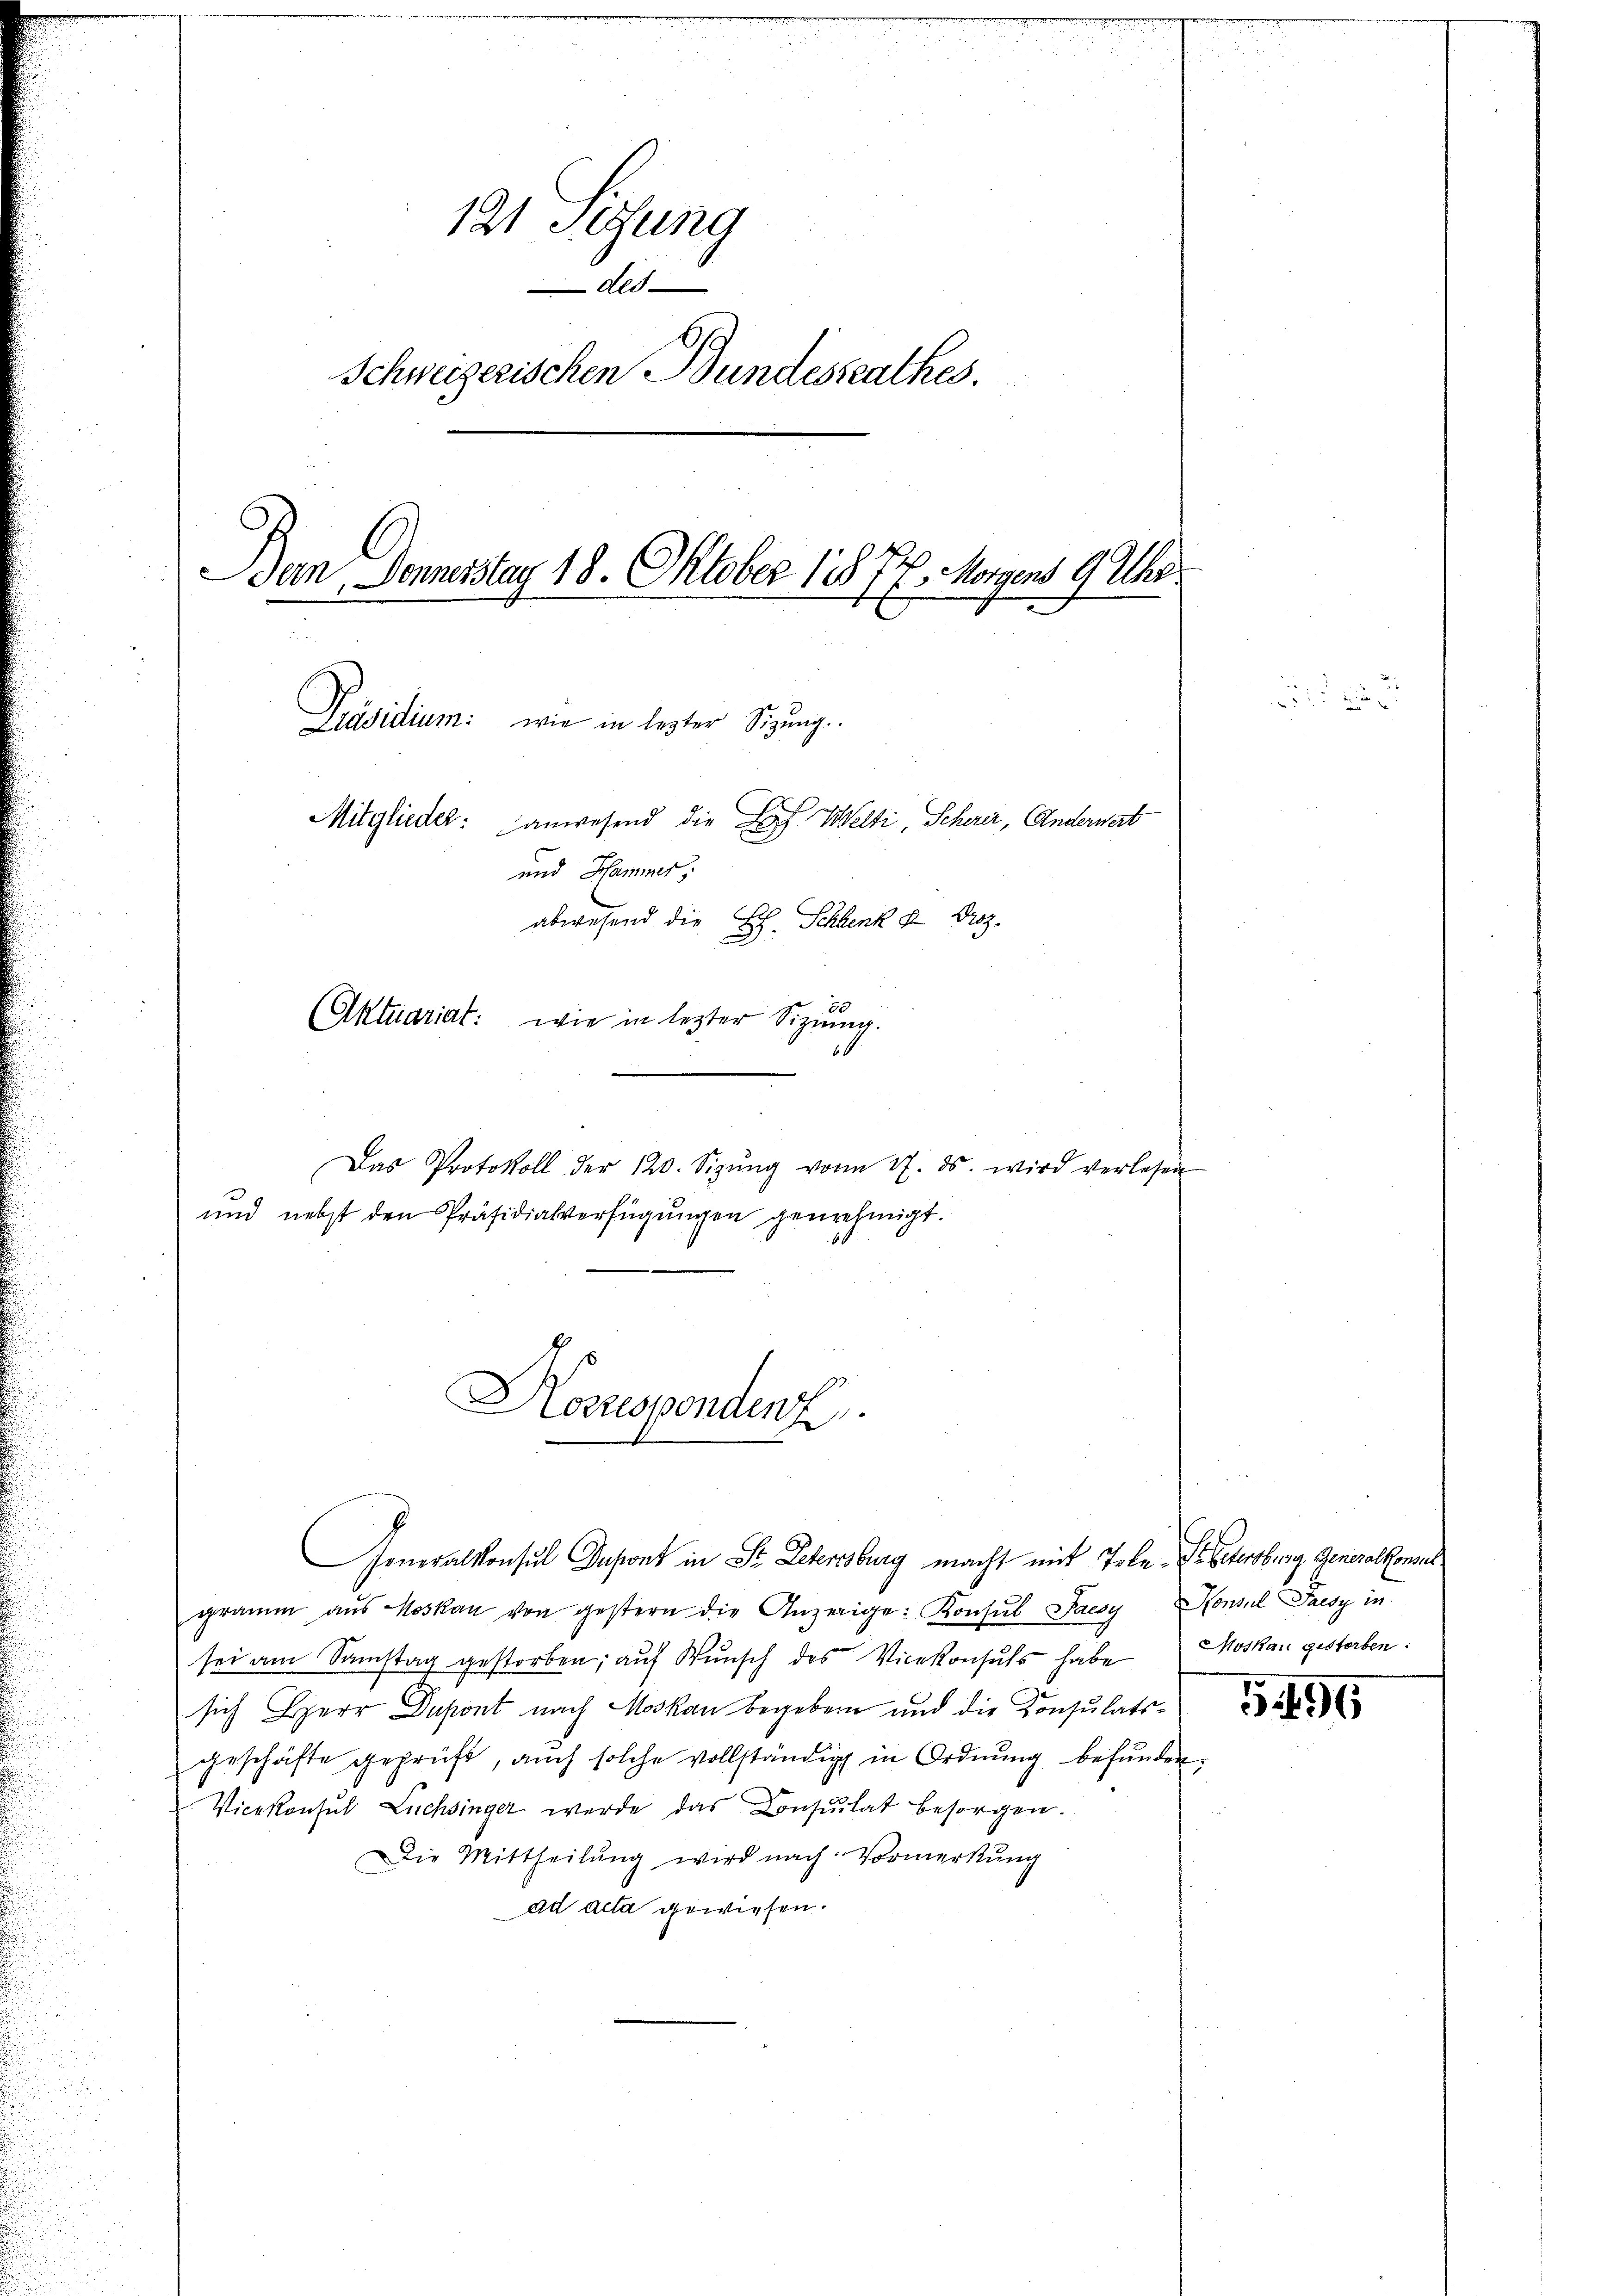
121 Sedung
A
Schweizerischen Bundessrathes.
Bern Donnerstag 18. Oktober 1876. Morgens 9 Uhr.
u
Präsidium: wie in lezter Sitzung.
Mitglieder: anwesend die des Welti, Scherer, Anderwert
und Hammer,
abwesend die E. Schenk & Droz.
(Aktuariat: wie in lezter Siziŭng.

Das Protokoll der 120. Sizŭng von 17. ds. wird verlesen
und nebst den Präsidialverfügungen genehmigt.

Horrespondenz.
Generalkonsul Dapont in Sr. Letersburg macht mit Tole. Der Petersburg Generalkoment

gramm aus Moskau von gestern die Anzeige: Konsul Paesy
sich Herr Dapont nach Moskau begeben und die Konsulats-
geschäfte geprüft, auch solche vollständig in Ordnŭng befunden,
Vicekonsul Lüchsinger werde das Consulat besorgen.
Die Mittheilŭng wird nach Vormerkŭng
ad acta gewiesen.

sei am Samstag gestorben; auf Wunsch des Vicekonsuls habe Moskau gesterben.

Honsul Paesz in